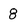
Character: 8